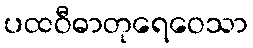
ပထဝီဓာတုရေဝေသာ